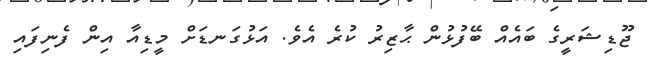
ޖޫޑިޝަރީގެ ބައެއް ބޭފުޅުން ޙާޒިރު ކުރެ އެވެ. އަޅުގަނޑަށް މީޑިއާ އިން ފެނިފައި